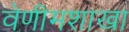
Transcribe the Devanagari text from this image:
वेणीमशाखा